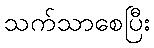
သက်သာစေပြီး